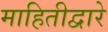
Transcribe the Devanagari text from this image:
माहितीद्वारे